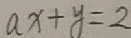
a x + y = 2